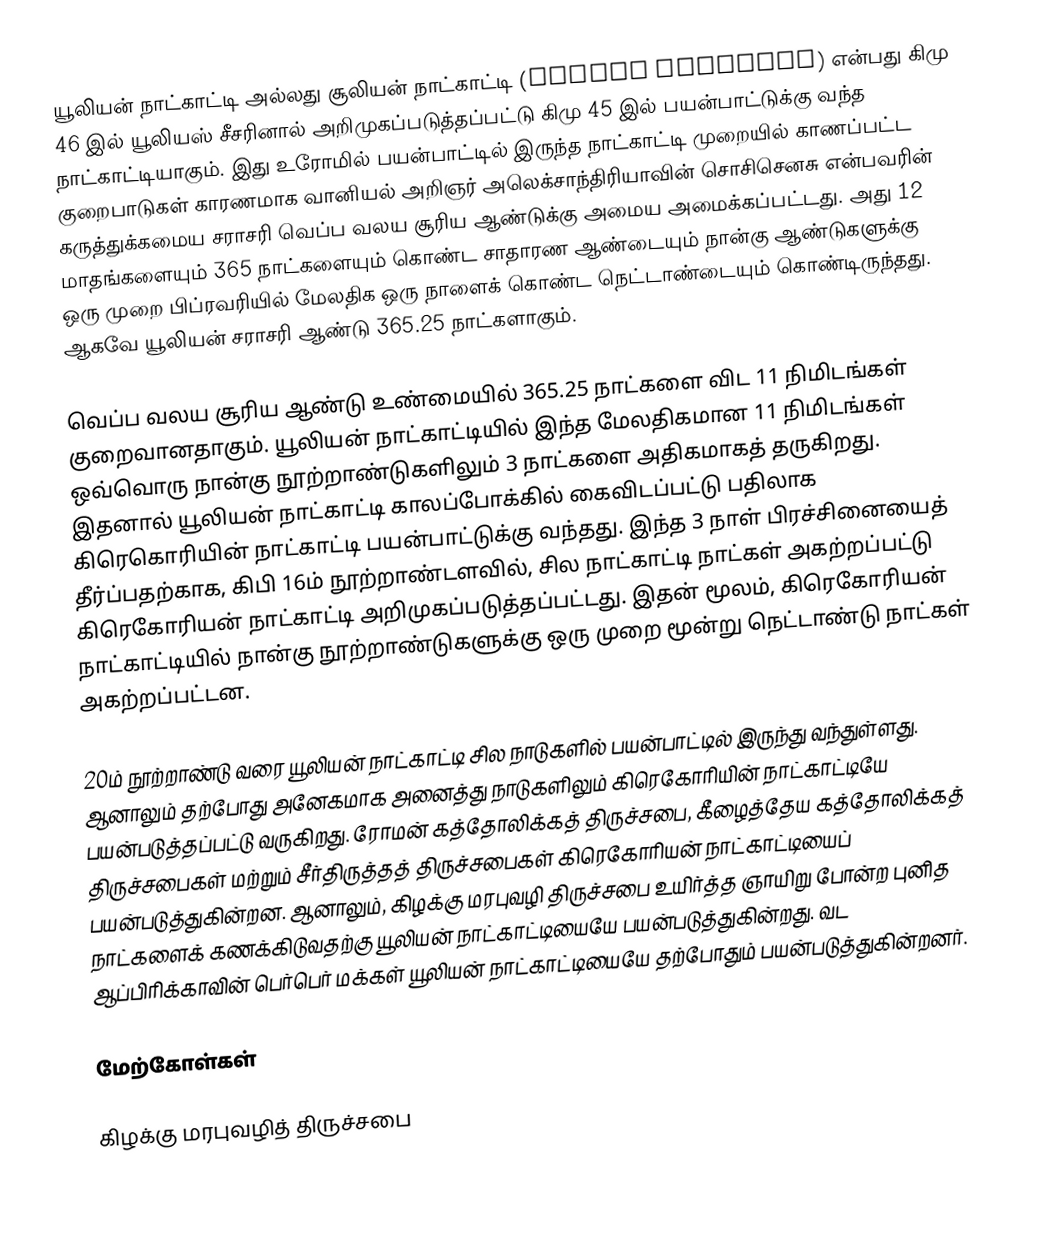
யூலியன் நாட்காட்டி அல்லது சூலியன் நாட்காட்டி (Julian calendar) என்பது கிமு 46 இல் யூலியஸ் சீசரினால் அறிமுகப்படுத்தப்பட்டு கிமு 45 இல் பயன்பாட்டுக்கு வந்த நாட்காட்டியாகும். இது உரோமில் பயன்பாட்டில் இருந்த நாட்காட்டி முறையில் காணப்பட்ட குறைபாடுகள் காரணமாக வானியல் அறிஞர் அலெக்சாந்திரியாவின் சொசிசெனசு என்பவரின் கருத்துக்கமைய சராசரி வெப்ப வலய சூரிய ஆண்டுக்கு அமைய அமைக்கப்பட்டது. அது 12 மாதங்களையும் 365 நாட்களையும் கொண்ட சாதாரண ஆண்டையும் நான்கு ஆண்டுகளுக்கு ஒரு முறை பிப்ரவரியில் மேலதிக ஒரு நாளைக் கொண்ட நெட்டாண்டையும் கொண்டிருந்தது. ஆகவே யூலியன் சராசரி ஆண்டு 365.25 நாட்களாகும்.

வெப்ப வலய சூரிய ஆண்டு உண்மையில் 365.25 நாட்களை விட 11 நிமிடங்கள் குறைவானதாகும். யூலியன் நாட்காட்டியில் இந்த மேலதிகமான 11 நிமிடங்கள் ஒவ்வொரு நான்கு நூற்றாண்டுகளிலும் 3 நாட்களை அதிகமாகத் தருகிறது. இதனால் யூலியன் நாட்காட்டி காலப்போக்கில் கைவிடப்பட்டு பதிலாக கிரெகொரியின் நாட்காட்டி பயன்பாட்டுக்கு வந்தது. இந்த 3 நாள் பிரச்சினையைத் தீர்ப்பதற்காக, கிபி 16ம் நூற்றாண்டளவில், சில நாட்காட்டி நாட்கள் அகற்றப்பட்டு கிரெகோரியன் நாட்காட்டி அறிமுகப்படுத்தப்பட்டது. இதன் மூலம், கிரெகோரியன் நாட்காட்டியில் நான்கு நூற்றாண்டுகளுக்கு ஒரு முறை மூன்று நெட்டாண்டு நாட்கள் அகற்றப்பட்டன.

20ம் நூற்றாண்டு வரை யூலியன் நாட்காட்டி சில நாடுகளில் பயன்பாட்டில் இருந்து வந்துள்ளது. ஆனாலும் தற்போது அனேகமாக அனைத்து நாடுகளிலும் கிரெகோரியின் நாட்காட்டியே பயன்படுத்தப்பட்டு வருகிறது. ரோமன் கத்தோலிக்கத் திருச்சபை, கீழைத்தேய கத்தோலிக்கத் திருச்சபைகள் மற்றும் சீர்திருத்தத் திருச்சபைகள் கிரெகோரியன் நாட்காட்டியைப் பயன்படுத்துகின்றன. ஆனாலும், கிழக்கு மரபுவழி திருச்சபை உயிர்த்த ஞாயிறு போன்ற புனித நாட்களைக் கணக்கிடுவதற்கு யூலியன் நாட்காட்டியையே பயன்படுத்துகின்றது. வட ஆப்பிரிக்காவின் பெர்பெர் மக்கள் யூலியன் நாட்காட்டியையே தற்போதும் பயன்படுத்துகின்றனர்.

மேற்கோள்கள்

கிழக்கு மரபுவழித் திருச்சபை